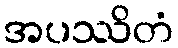
အပဿိတံ